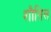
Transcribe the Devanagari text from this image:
शौतिल